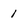
Character: I